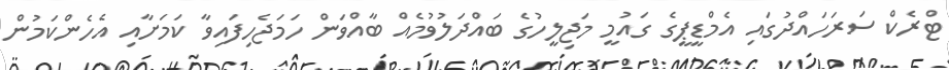
ޓްރެކް ސަރަހައްދުގައި އެމްޑީޕީގެ ގައުމީ މަޖިލީހުގެ ބައްދަލުވުމެއް ބާއްވަން ހަމަޖެހިފައިވާ ކަމަށާއި އެހެންކަމުން